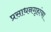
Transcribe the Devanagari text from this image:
प्रसाधनगृहांचा